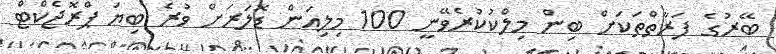
ބޭރުގެ ފަރާތްތަކަށް ބިން މިލްކުކުރެވޭނީ 100 މިލިއަން ޑޮލަަރަށް ވުރެ ބިޔަ ޕްރޮޖެކްޓް